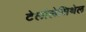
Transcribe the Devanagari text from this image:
टेलोलेसिथेल